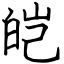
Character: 皑